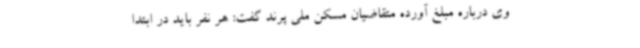
وی درباره مبلغ آورده متقاضیان مسکن ملی پرند گفت: هر نفر باید در ابتدا